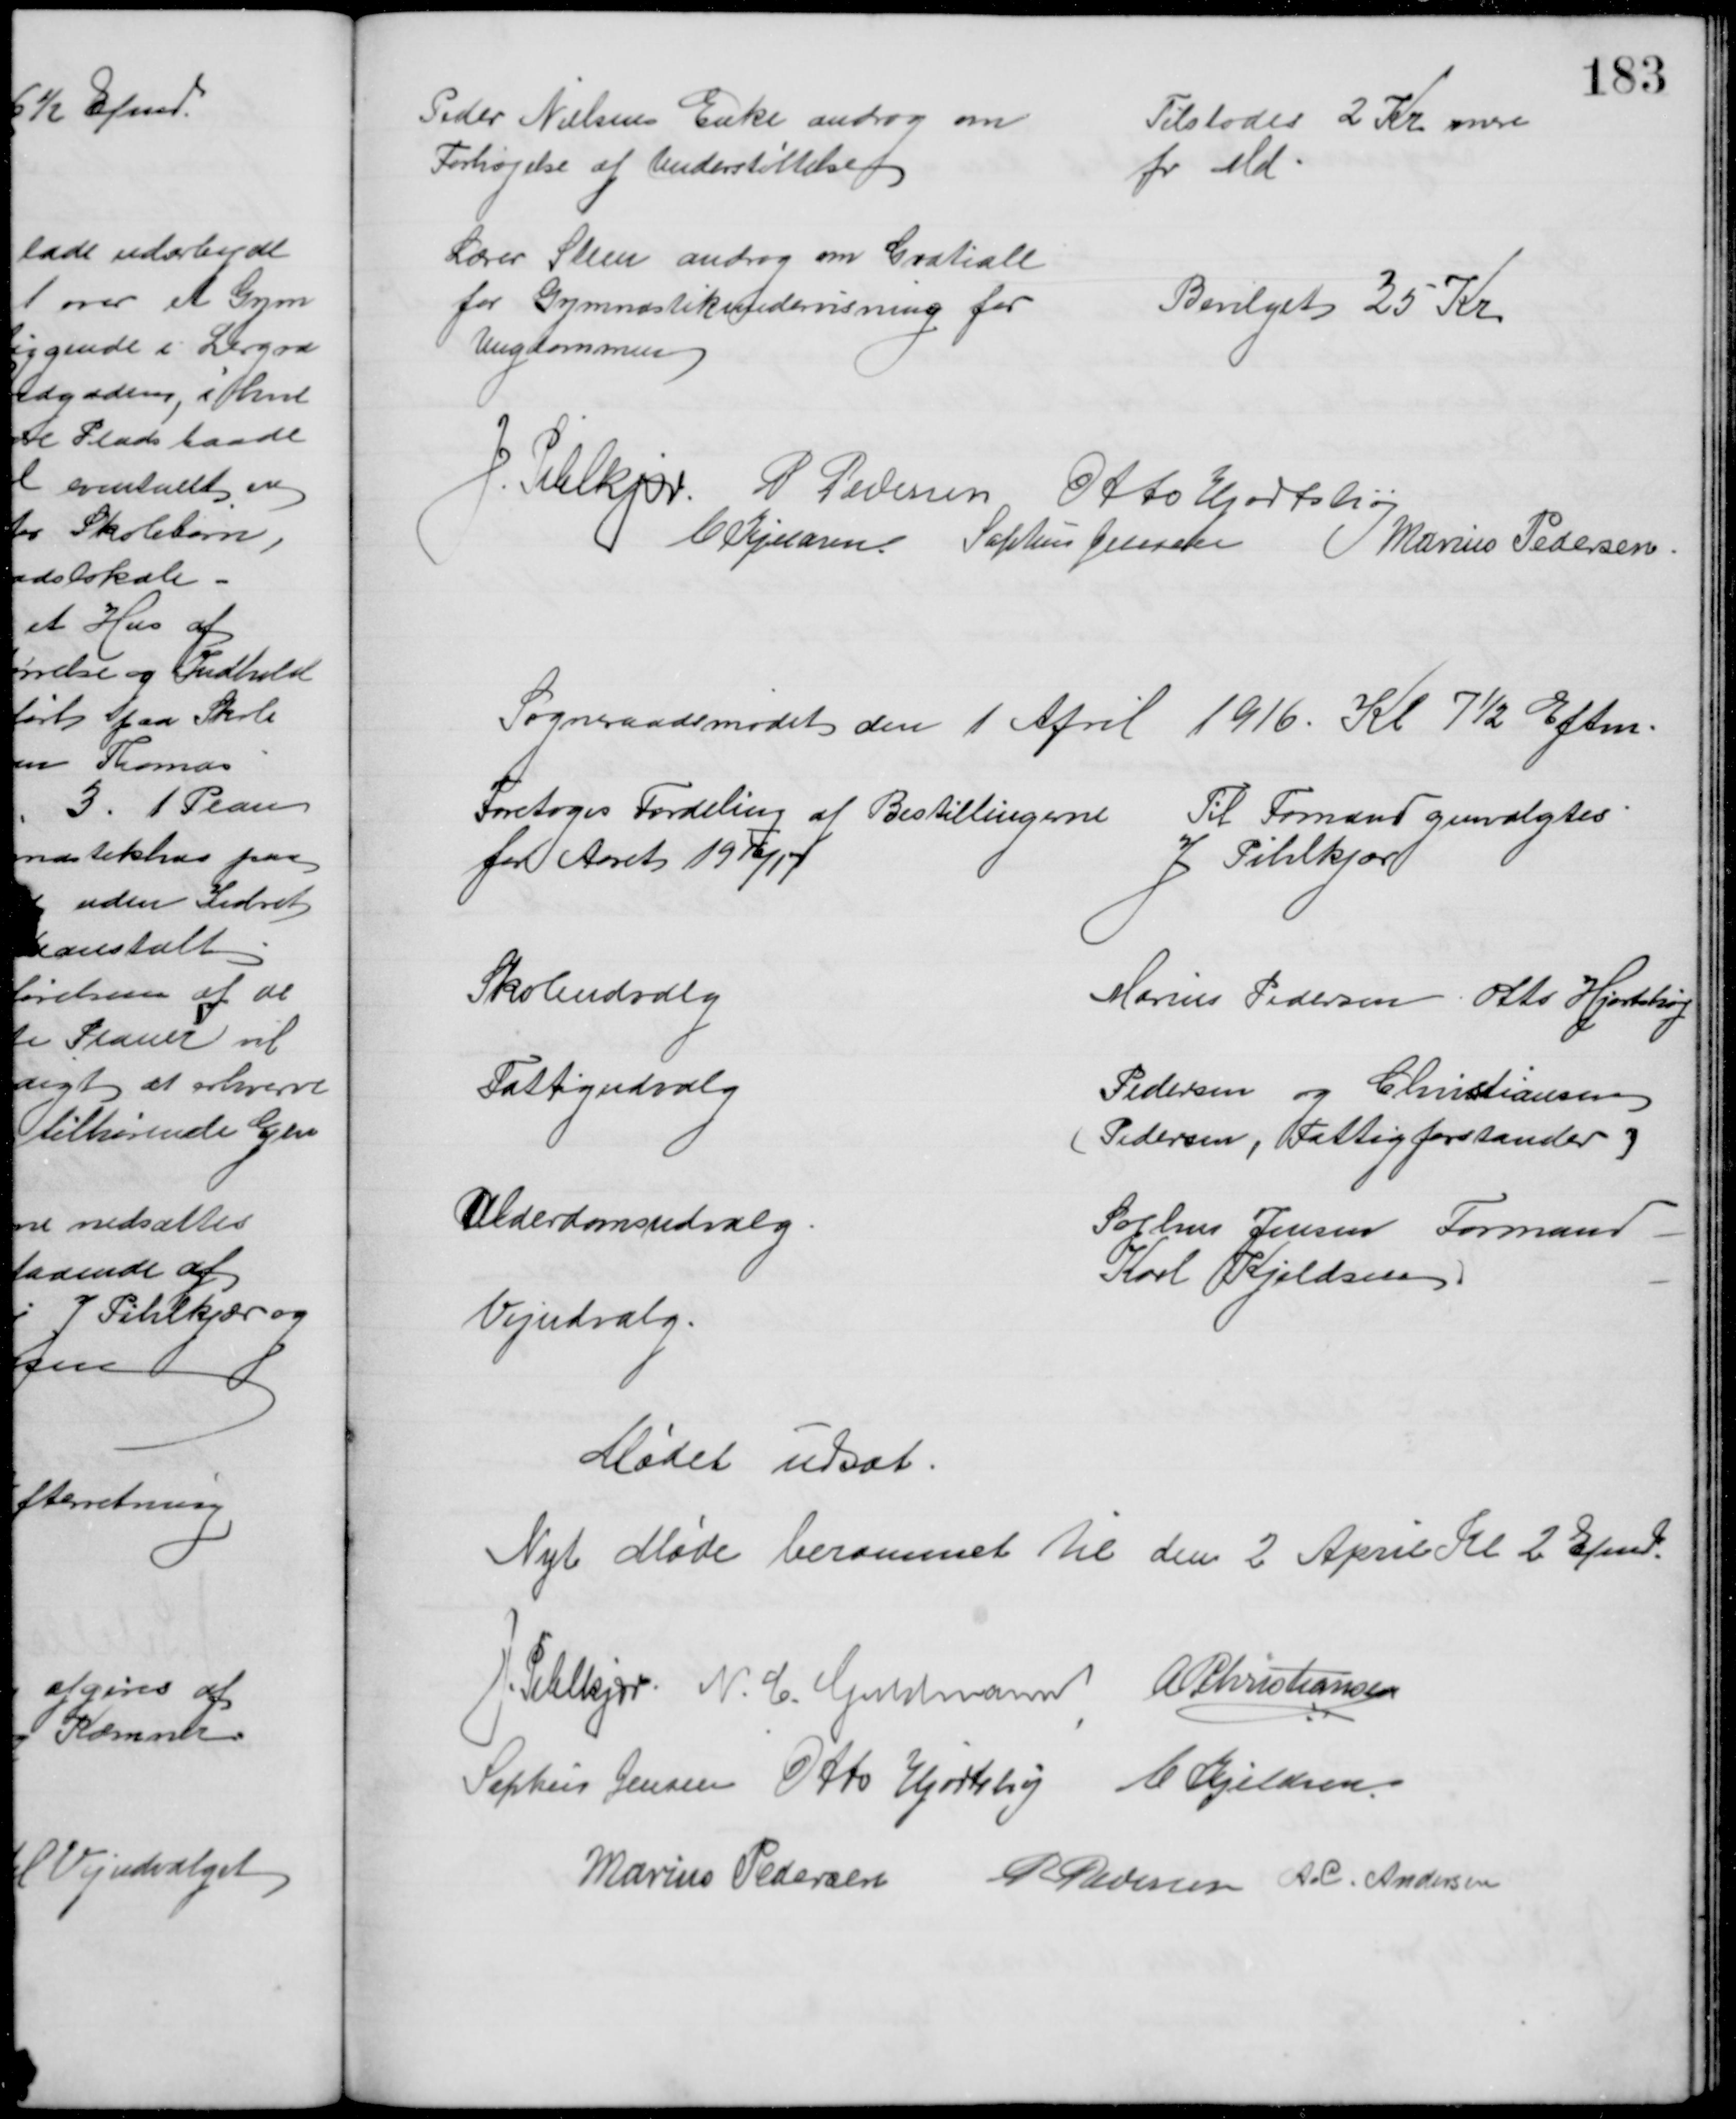
Transskription:
Peder Nielsens Enke androg om
Forhøjelse af Understøttelse
Tilstodes 2 Kr mere
pr Md
Lærer Steen androg om Gratiale
for Gymnastikundervisning for
Ungdommen
Bevilget 35 Kr
J. Pihlkjær. P Pedersen Otto Hjortshøj
C Kjeldsen. Sophus Jensen  Marius Pedersen.
Sogneraadsmødet den 1 April 1916. Kl 7½ Eftm.
Foretoges Fordeling af Bestillingerne 
for Aaret 1916/17
Til Formand genvalgtes
J Pihlkjær
Skoleudvalg
Marius Pedersen, Otto Hjortshøj
Fattigudvalg
Pedersen og Christiansen
(Pedersen, Fattigforstander)
Alderdomsudvalg
Sophus Jensen Formand
Karl Kjeldsen
Vejudvalg.
Mødet udsat.
Nyt Møde berammet til den 2 April Kl 2 Efmd.
J. Pihlkjær. N. C. Guldmann A P Christiansen
Sophus Jensen Otto Hjortshøj C. Kjeldsen
Marius Pedersen P Pedersen A. C. Andersen